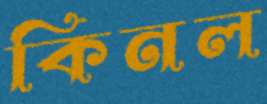
কিনল